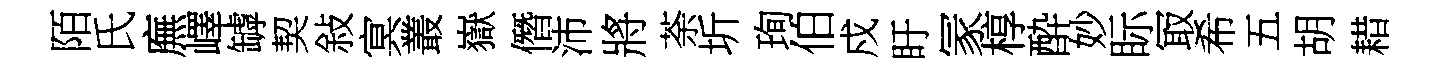
陌氏廡嶧罅契敍㝠叢嶽僭沛將荼圻珣伯戍盱冡椁酔妙眎冣希五胡耤